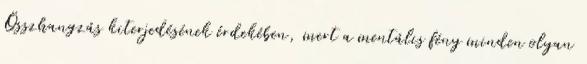
Összhangzás kiterjedésének érdekében, mert a mentális fény minden olyan